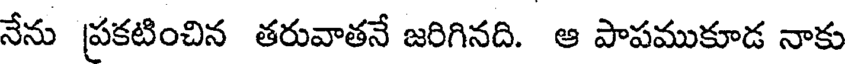
నేను ప్రకటించిన తరువాతనే జరిగినది. ఆ పాపముకూడ నాకు